Notes on vaccination in the North-West Frontier Province 1923-1928 - 1923-1928
Year: 1923
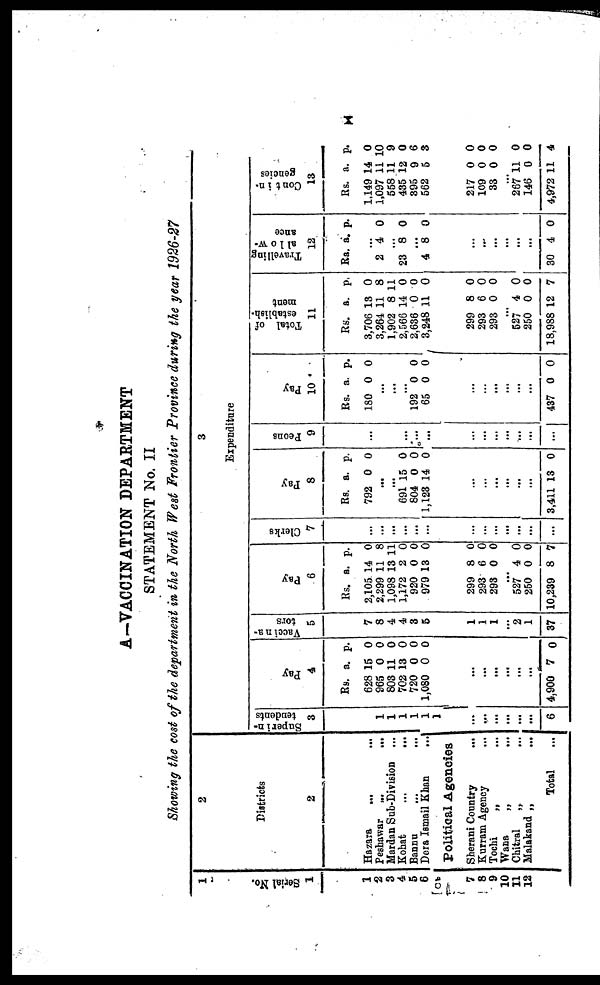
x
A—VACCINATION DEPARTMENT
STATEMENT No. II
Showing the cost of the department in the North West Frontier Province during the year 1926-27
1
Serial No.
1
1
2
3
4
5
6
7
8
9
10
11
12
2
Districts
2
Hazara ... ...
Peshawar
...
...
Mardan Sub-Division ...
Kohat ... ...
Bannu
...
...
Dera Ismail Khan
...
Political Agencies
Sherani Country
...
Kurram Agency
...
Tochi
„ ...
Wana
„
...
Chitral
„ ...
Malakand „ ...
Total ...
3
Expenditure
Superin-
tendents
3
1
1
1
1
1
1
...
...
...
...
...
...
6
Pay
4
Rs.
628
965
803
702
720
1,080
a.
15
0
11
13
0
0
p.
0
0
0
0
0
0
...
...
...
...
...
...
4,900 7 0
Vaccina¬
tors
5
7
8
4
4
3
5
1
1
1
...
2
1
37
Pay
6
Rs.
2,105
2,299
1,098
1,172
920
979
a.
14
11
13
2
0
13
p.
0
8
11
0
0
0
299
293
293
8
6
0
0
0 0
...
527
250
10,239
4
0
8
0
0
7
Clerks
7
...
...
...
...
...
...
...
...
...
...
...
...
...
Pay
8
Rs.
792
a.
0
p.
0
...
...
691
804
1,123
15
0
14
0
0
0
...
...
...
...
...
...
3,411 13 0
Peons
9
...
...
...
...
...
...
...
...
...
...
...
...
...
Pay
10
Rs.
180
a.
0
p.
0
...
...
...
192
65
0
0
0
0
...
...
...
...
...
...
437 0 0
Total of
establish-
ment
11
Rs.
3,706
3,264
1,902
2,566
2,636
3,248
a.
13
11
8
14
0
11
p.
0
8
11
0
0
0
299
293
293
8
6
0
0
0
0
...
527
250
18,988
4
0
12
0
0
7
Travelling
al1ow¬
ance
12
Rs. a. p.
...
2 4 0
...
23 8 0
...
4 8 0
...
...
...
...
...
...
30 4 0
Contin¬
gencies
13
Rs.
1,149
1,097
558
435
395
562
a.
14
11
11
12
9
5
p.
0
10
9
0
6
3
217
109
33
0
0
0
0
0
0
...
267
146
4,972
11
0
11
0
0
4